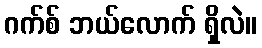
ဂက်စ် ဘယ်လောက် ရှိလဲ။